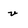
Character: v